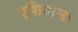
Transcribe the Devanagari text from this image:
एशियाला